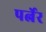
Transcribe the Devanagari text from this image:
पर्त्नेर